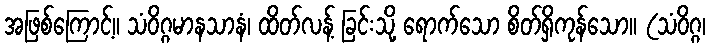
အဖြစ်ကြောင့်။ သံဝိဂ္ဂမာနသာနံ၊ ထိတ်လန့် ခြင်းသို့ ရောက်သော စိတ်ရှိကုန်သော။ (သံဝိဂ္ဂ၊